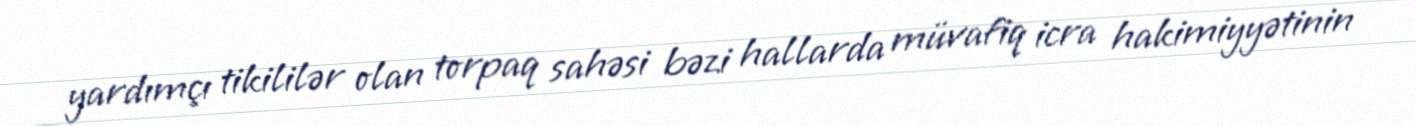
yardımçı tikililər olan torpaq sahəsi bəzi hallarda müvafiq icra hakimiyyətinin